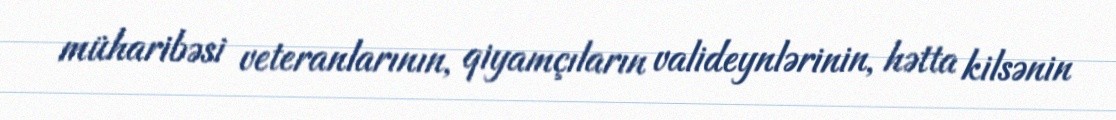
müharibəsi veteranlarının, qiyamçıların valideynlərinin, hətta kilsənin